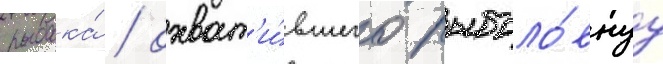
рыбака́ / охват'и́вшего рыболо́внуу